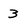
Character: 3